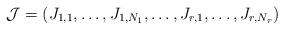
LaTeX: \begin{align*}\mathcal J = (J_{1,1},\dots,J_{1,N_1},\dots,J_{r,1},\dots,J_{r,N_r})\end{align*}